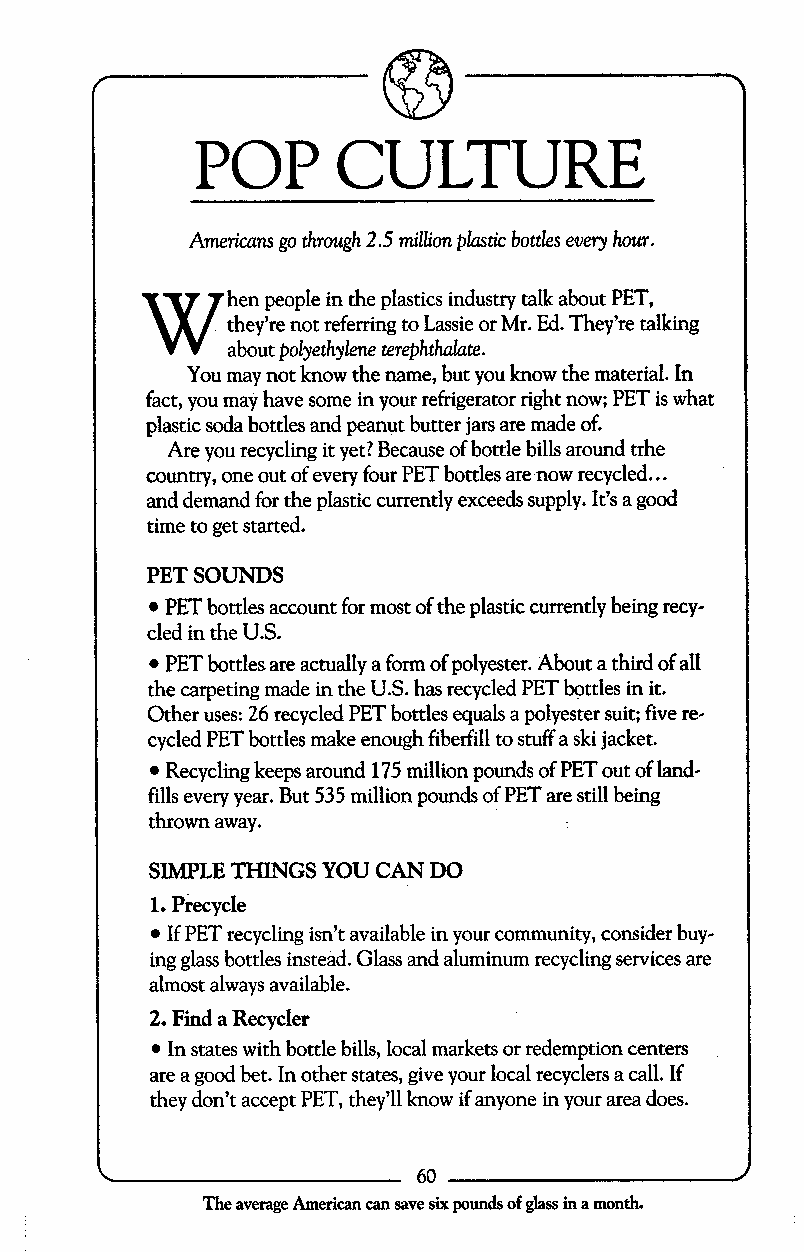
POP      CULTURE
 Americans go through 2.5 million plastic bottles every hour.
 W     hen people in the plastics industry talk about PET,
 they’re not referring to Lassie or Mr. Ed. They’re talking
 about polyethylene terephthalate.
 You may not know the name, but you know the material. In
 fact, you may have some in your refrigerator right now; PET is what
 plastic soda bottles and peanut butter jars are made of.
 Are you recycling it yet? Because of bottle bills around trhe
 ...
 country, one out of every four PET bottles are now recycled
 and demand for the plastic currently exceeds supply. It’s a good
 time to get started.
 PET SOUNDS
 PET bottles account for most of the plastic currently being recy-
 cled in the U.S.
 PET bottles are actually a form of polyester. About a third of all
 the carpeting made in the U.S. has recycled PET bottles in it.
 Other uses: 26 recycled PET bottles equals a polyester suit; five re-
 cycled PET bottles make enough fiberfill to stuff a ski jacket.
 Recycling keeps around 175 million pounds of PET out of land-
 fills every year. But 535 million pounds of PET are still being
 thrown away.
 SIMPLE THINGS YOU CAN DO
 1. Precycle
 If PET recycling isn’t available in your community, consider buy-
 ing glass bottles instead. Glass and aluminum recycling services are
 almost always available.
 2. Find a Recycler
 In states with bottle bills, local markets or redemption centers
 are a good bet. In other states, give your local recyclers a call. If
 they don’t accept PET, they’ll know if anyone in your area does.
 60
 c                                         I
 The average American can save six pounds of glass in a month.